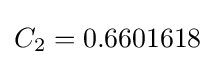
C_{2}=0.6601618